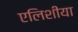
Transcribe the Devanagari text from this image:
एलिशीया